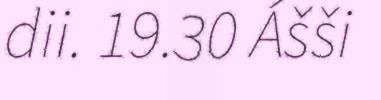
dii. 19.30 Ášši